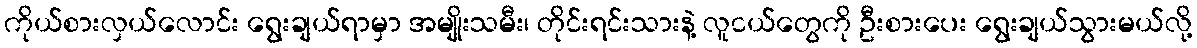
ကိုယ်စားလှယ်လောင်း ရွေးချယ်ရာမှာ အမျိုးသမီး၊ တိုင်းရင်းသားနဲ့ လူငယ်တွေကို ဦးစားပေး ရွေးချယ်သွားမယ်လို့